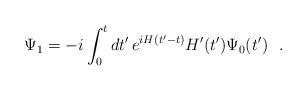
LaTeX: \begin{align*}\Psi_1 = -i \int_0^t dt' \, e^{i H (t'-t)} H'(t') \Psi_0 (t') ~~.\end{align*}